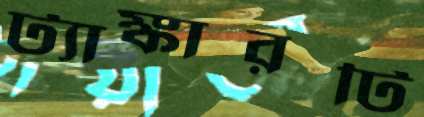
ট্যাঙ্কারটি